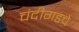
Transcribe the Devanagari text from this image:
चंदीगडचे